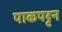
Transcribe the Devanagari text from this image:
पाकपट्टन